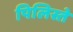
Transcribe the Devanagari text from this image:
पिलिस्ते